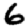
Digit: 6